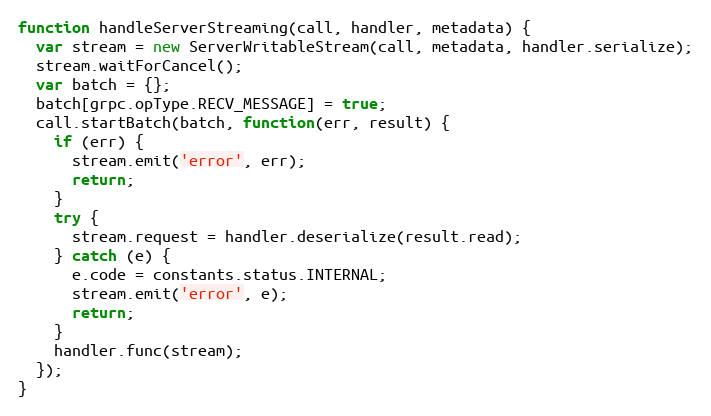
Language: JavaScript
function handleServerStreaming(call, handler, metadata) {
  var stream = new ServerWritableStream(call, metadata, handler.serialize);
  stream.waitForCancel();
  var batch = {};
  batch[grpc.opType.RECV_MESSAGE] = true;
  call.startBatch(batch, function(err, result) {
    if (err) {
      stream.emit('error', err);
      return;
    }
    try {
      stream.request = handler.deserialize(result.read);
    } catch (e) {
      e.code = constants.status.INTERNAL;
      stream.emit('error', e);
      return;
    }
    handler.func(stream);
  });
}